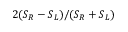
2 ( S _ { R } - S _ { L } ) / ( S _ { R } + S _ { L } )